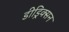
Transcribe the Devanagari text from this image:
डीड्रिक्सन